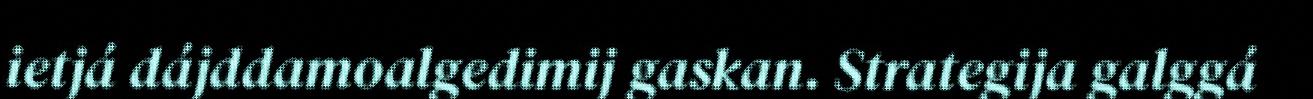
ietjá dájddamoalgedimij gaskan. Strategija galggá